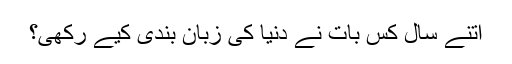
اتنے سال کس بات نے دنیا کی زبان بندی کیے رکھی؟